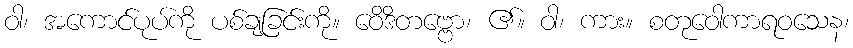
ဝါ၊ အကောင်ပုပ်ကို ပစ်ချခြင်းကို။ ဝေိဒိတဗ္ဗော၊ ၏။ ဝါ၊ ကား။ စတုဝေါကာရဝသေန၊